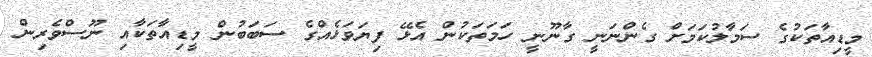
މީޑިއާތަކުގެ ސަމާލުކަމަށް ގެންނަނީ ގާނޫނީ ހަމަތަކުން އެޅޭ ފިޔަވަޅެއްގެ ސަބަބުން މީޑިއާތަކާއި ނޫސްވެރިން